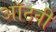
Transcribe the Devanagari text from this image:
ऑठवी